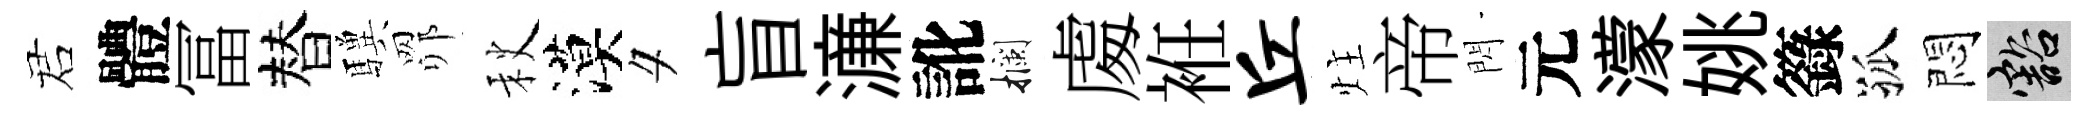
诺體冨替驥𦊑秋漠夕盲濓訛攔䖏袵丘炷帝閃元濛姚籙孤悶豁